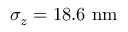
\sigma _ { z } = 1 8 . 6 ~ \mathrm { { n m } }